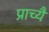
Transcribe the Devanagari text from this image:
प्राच्यै